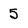
Character: 5